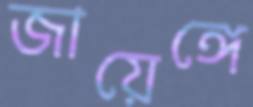
জায়েঙ্গে